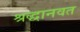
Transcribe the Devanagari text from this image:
श्रद्धानवत